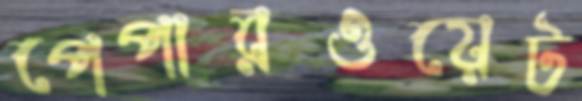
পেপারওয়েট